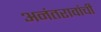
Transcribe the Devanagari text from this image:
अनंतरावांची